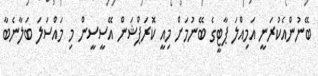
ބޭނުންއެކުރަނީ އަމިއްލަ ޕާޓީގެ ބޭނުމަށް މިއީ ކޮރަޕްޝަން އޭސީސީން މި މައްސަލަ ބަލާނެބާ